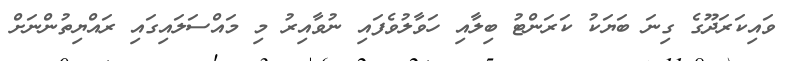
ވައިކަރަދޫގެ ގިނަ ބަޔަކު ކަރަންޓު ބިލާއި ހަވާލުވެފައި ނުވާއިރު މި މައްސަލައިގައި ރައްޔިތުންނަށް